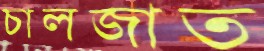
চালজাত